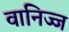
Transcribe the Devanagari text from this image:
वानिज्ज